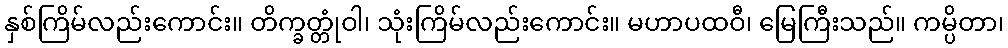
နှစ်ကြိမ်လည်းကောင်း။ တိက္ခတ္တုံဝါ၊ သုံးကြိမ်လည်းကောင်း။ မဟာပထဝီ၊ မြေကြီးသည်။ ကမ္ပိတာ၊